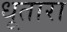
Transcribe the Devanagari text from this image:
धूतारा